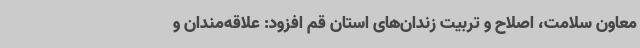
معاون سلامت، اصلاح و تربیت زندان‌های استان قم افزود: علاقه‌مندان و